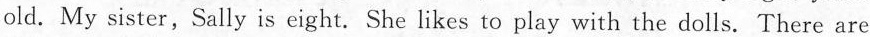
old. My sister, Sally is eight. She likes to play with the dolls. There are